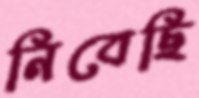
নিবেছি